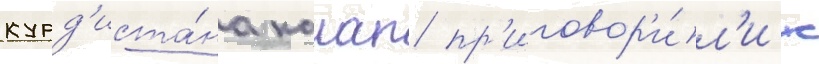
курд'иста́на калап пр'иговор'и́л'и к